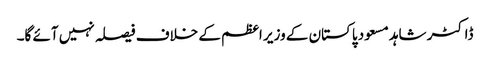
ڈاکٹر شاہد مسعود پاکستان کے وزیر اعظم کے خلاف فیصلہ نہیں آئے گا۔